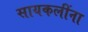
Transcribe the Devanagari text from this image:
सायकलींना